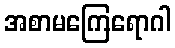
အစာမကြေရောဂါ